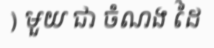
) មួយ ជា ចំណង ដៃ